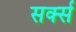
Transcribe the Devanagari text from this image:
सर्क्स